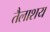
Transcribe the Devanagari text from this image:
तैलाशय